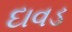
દાવડ